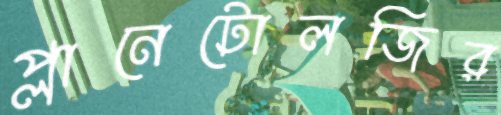
প্লানেটোলজির